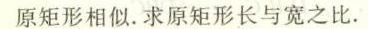
原矩形相似。求原矩形长与宽之比.